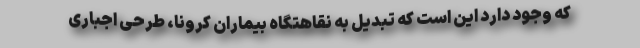
که وجود دارد این است که تبدیل به نقاهتگاه بیماران کرونا، طرحی اجباری